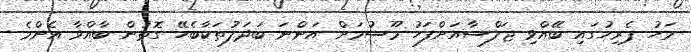
މަހު ޕެރިހުގައި ބޭއްވި ޖަލްސާއަށްފަހު މޫސުމަށް އަންނަ ބަދަލުތަކާބެހޭ ގޮތުން ބާއްވާ އެންމެ